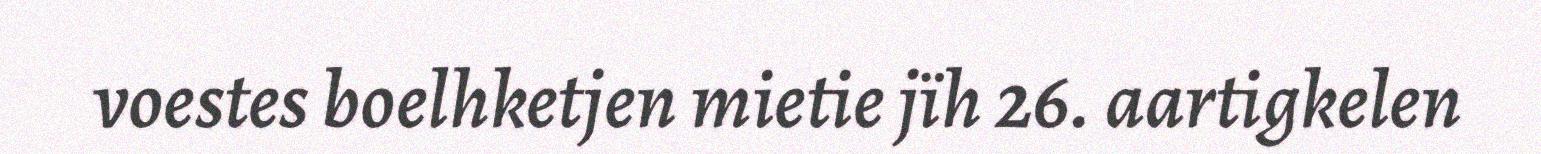
voestes boelhketjen mietie jïh 26. aartigkelen